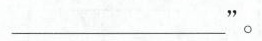
___”。